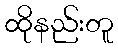
ထိုနည်းတူ